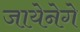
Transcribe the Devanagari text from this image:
जायेनेगे